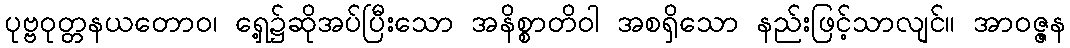
ပုဗ္ဗဝုတ္တနယတောဝ၊ ရှေ့၌ဆိုအပ်ပြီးသော အနိစ္စာတိဝါ အစရှိသော နည်းဖြင့်သာလျင်။ အာဝဇ္ဇန